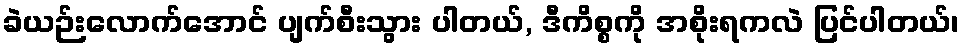
ခဲယဉ်းလောက်အောင် ပျက်စီးသွား ပါတယ်, ဒီကိစ္စကို အစိုးရကလဲ ပြင်ပါတယ်၊